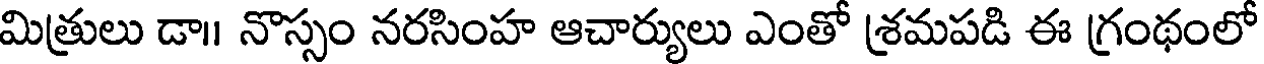
మిత్రులు డా॥ నొస్సం నరసింహ ఆచార్యులు ఎంతో శ్రమపడి ఈ గ్రంథంలో